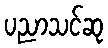
ပညာသင်ဆု